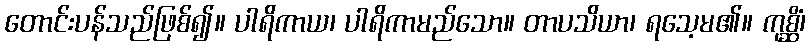
တောင်းပန်သည်ဖြစ်၍။ ပါရိကာယ၊ ပါရိကာမည်သော။ တာပသိယာ၊ ရသေ့မ၏။ ကုစ္ဆိံ၊